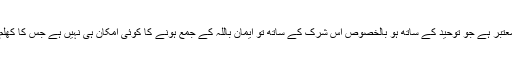
خدا کا ماننا صرف وہ معتبر ہے جو توحید کے ساتھ ہو بالخصوص اس شرک کے ساتھ تو ایمان باللہ کے جمع ہونے کا کوئی امکان ہی نہیں ہے جس کا کھلم کھلا اقرار و اظہار ہو۔